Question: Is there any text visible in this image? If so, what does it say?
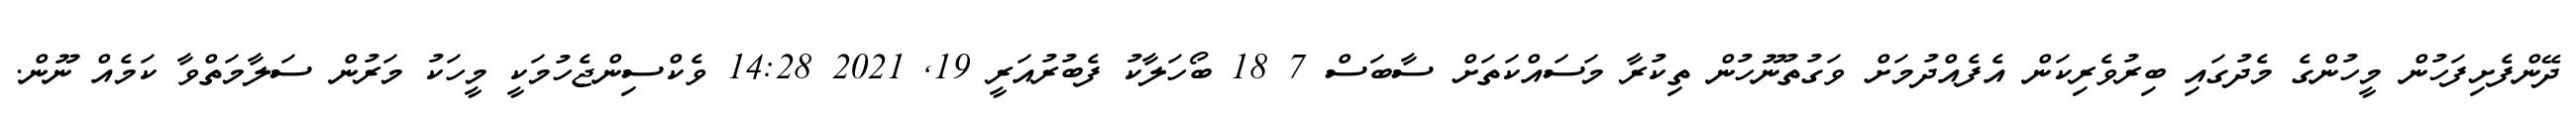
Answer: ދޭންފެށިފަހުން މީހުންގެ މެދުގައި ބިރުވެރިކަން އެފެއްދުމަށް ވަގުތުނޫހުން ތިކުރާ މަސައްކަތަށް ސާބަސް 7 18 ބޯހަލާކު ފެބުރުއަރީ 19, 2021 14:28 ވެކްސިންޖެހުމަކީ މީހަކު މަރުން ސަލާމަތްވާ ކަމެއް ނޫން.